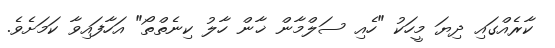
ކާރެއްގައި ދިޔަ މީހަކު "ހެއި ސަލްމާން ޚާން ހާލު ކިނެތްތޯ" އަހާފައިވާ ކަމަށެވެ.